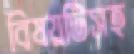
বিষয়টিসহ